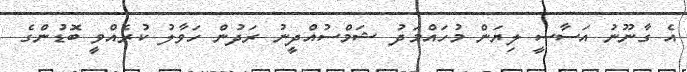
އެ ގާނޫނު އަސާސީ ލިޔަން މުހައްމަދު ޝަމްސުއްދީނު ރަދުން ހަވާލު ކުރެއްވީ ބޮޑުންގެ